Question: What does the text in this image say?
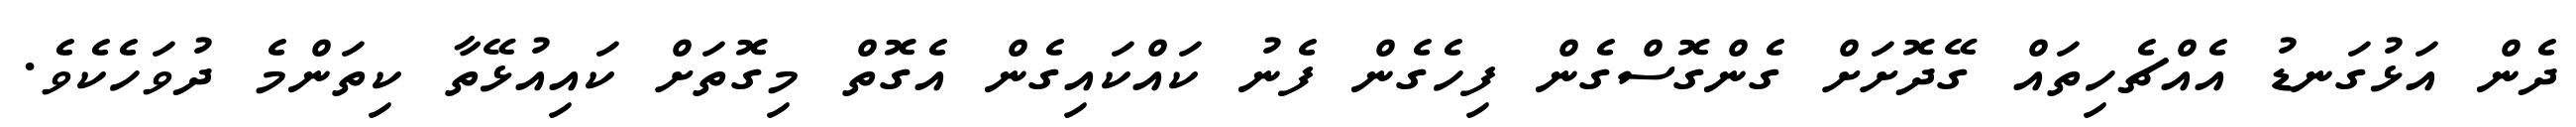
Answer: ދެން އަޅުގަނޑު އެއްޗެހިތައް ގޭދޮށަށް ގެންގޮސްގެން ފިހެގެން ފެނު ކައްކައިގެން އެގޮތް މިގޮތަށް ކައިއުޅޭތާ ކިތަންމެ ދުވަހެކެވެ.